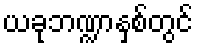
ယခုဘဏ္ဍာနှစ်တွင်